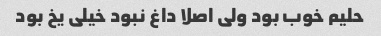
حلیم خوب بود ولی اصلا داغ نبود خیلی یخ بود